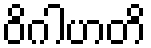
ဝိဂါဟတိ